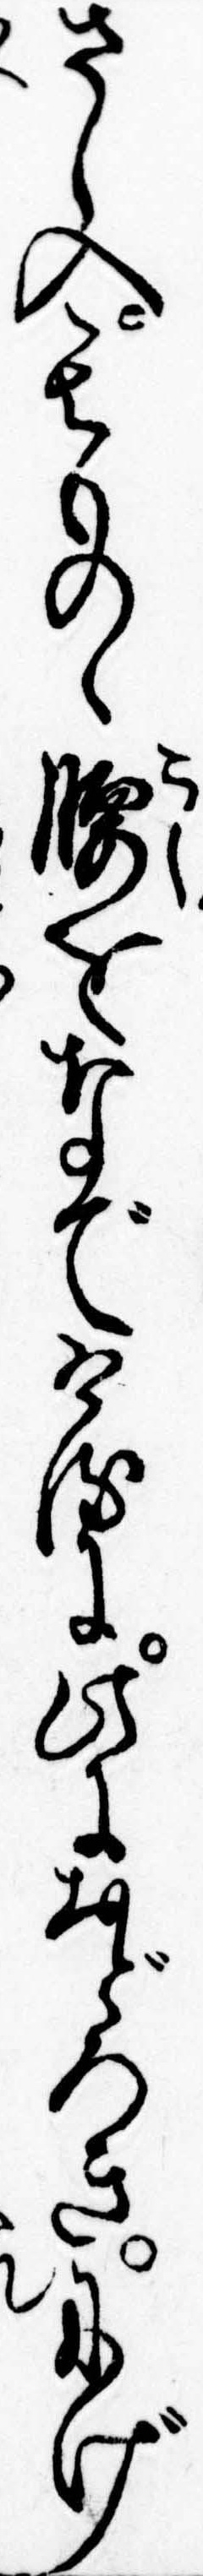
さし入其ものゝ腰をなでけるに此におどろきにげ